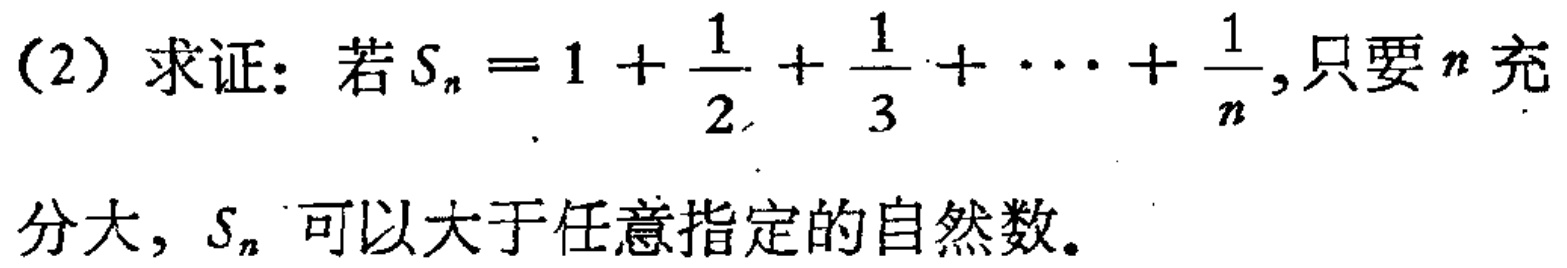
(2) 求证: 若 \(S_{n}=1+\frac{1}{2}+\frac{1}{3}+\cdots+\frac{1}{n}\), 只要 \(n\) 充分大, \(S_{n}\) 可以大于任意指定的自然数。